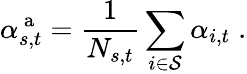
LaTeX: \alpha_{s,t}^{\mathrm{~a~}}=\frac{1}{N_{s,t}}\sum_{i\in\mathcal{S}}\alpha_{i,t}\; .